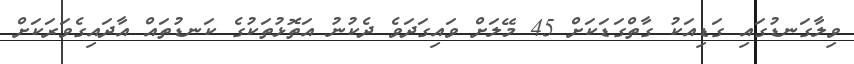
ވިލާގަނޑުގައި ގަޑިއަކު ގާތްގަޑަކަށް 45 މޭލަށް ވައިގަދަވެ ދެކުނު އަތޮޅުތަކުގެ ކަނޑުތައް އާދައިގެވަރަކަށް